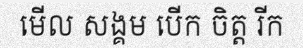
មើល សង្គម បើក ចិត្ត រីក